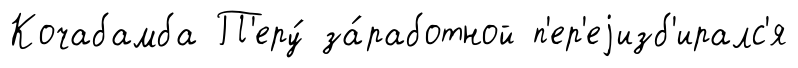
Кочабамба П'еру́ за́работной п'ер'еjизб'иралс'я